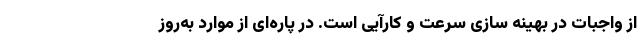
از واجبات در بهینه سازی سرعت و کارآیی است. در پاره‌ای از موارد به‌روز